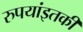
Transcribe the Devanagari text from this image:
रुपयांइतकी